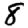
Digit: 8